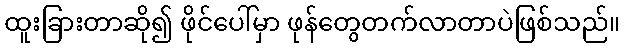
ထူးခြားတာဆို၍ ဖိုင်ပေါ်မှာ ဖုန်တွေတက်လာတာပဲဖြစ်သည်။